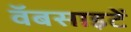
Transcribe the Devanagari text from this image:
वॅबसाइटें